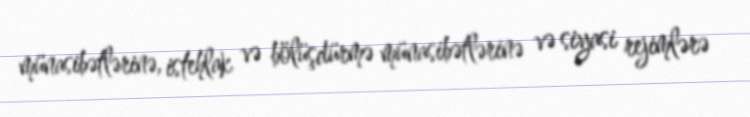
münasibətlərinə, istehlak və bölüşdürmə münasibətlərinə və siyasi rejimlərə